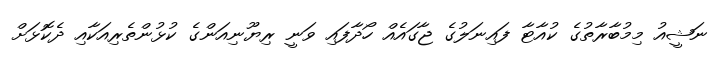
ނަޝީއު މިމުބާރާތުގެ ކުއާޓާ ފައިނަލުގެ ޖާގައެއް ހޯދާފައި ވަނީ ރިޔޫނިއަންގެ ކުޅުންތެރިއަކާއި ދެކޮޅަށް